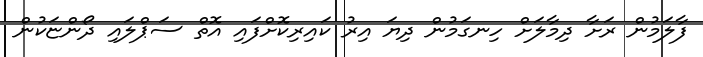
ފާލަމުން ރަށާ ދިމާލަށް ހިނގަމުން ދިޔަ އިރު ކައިރިކޮށްފައި އޮތް ސަޕްލައި ދޯންޏަކުން